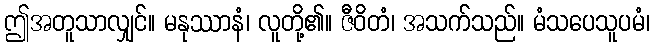
ဤအတူသာလျှင်။ မနုဿာနံ၊ လူတို့၏။ ဇီဝိတံ၊ အသက်သည်။ မံသပေသူပမံ၊